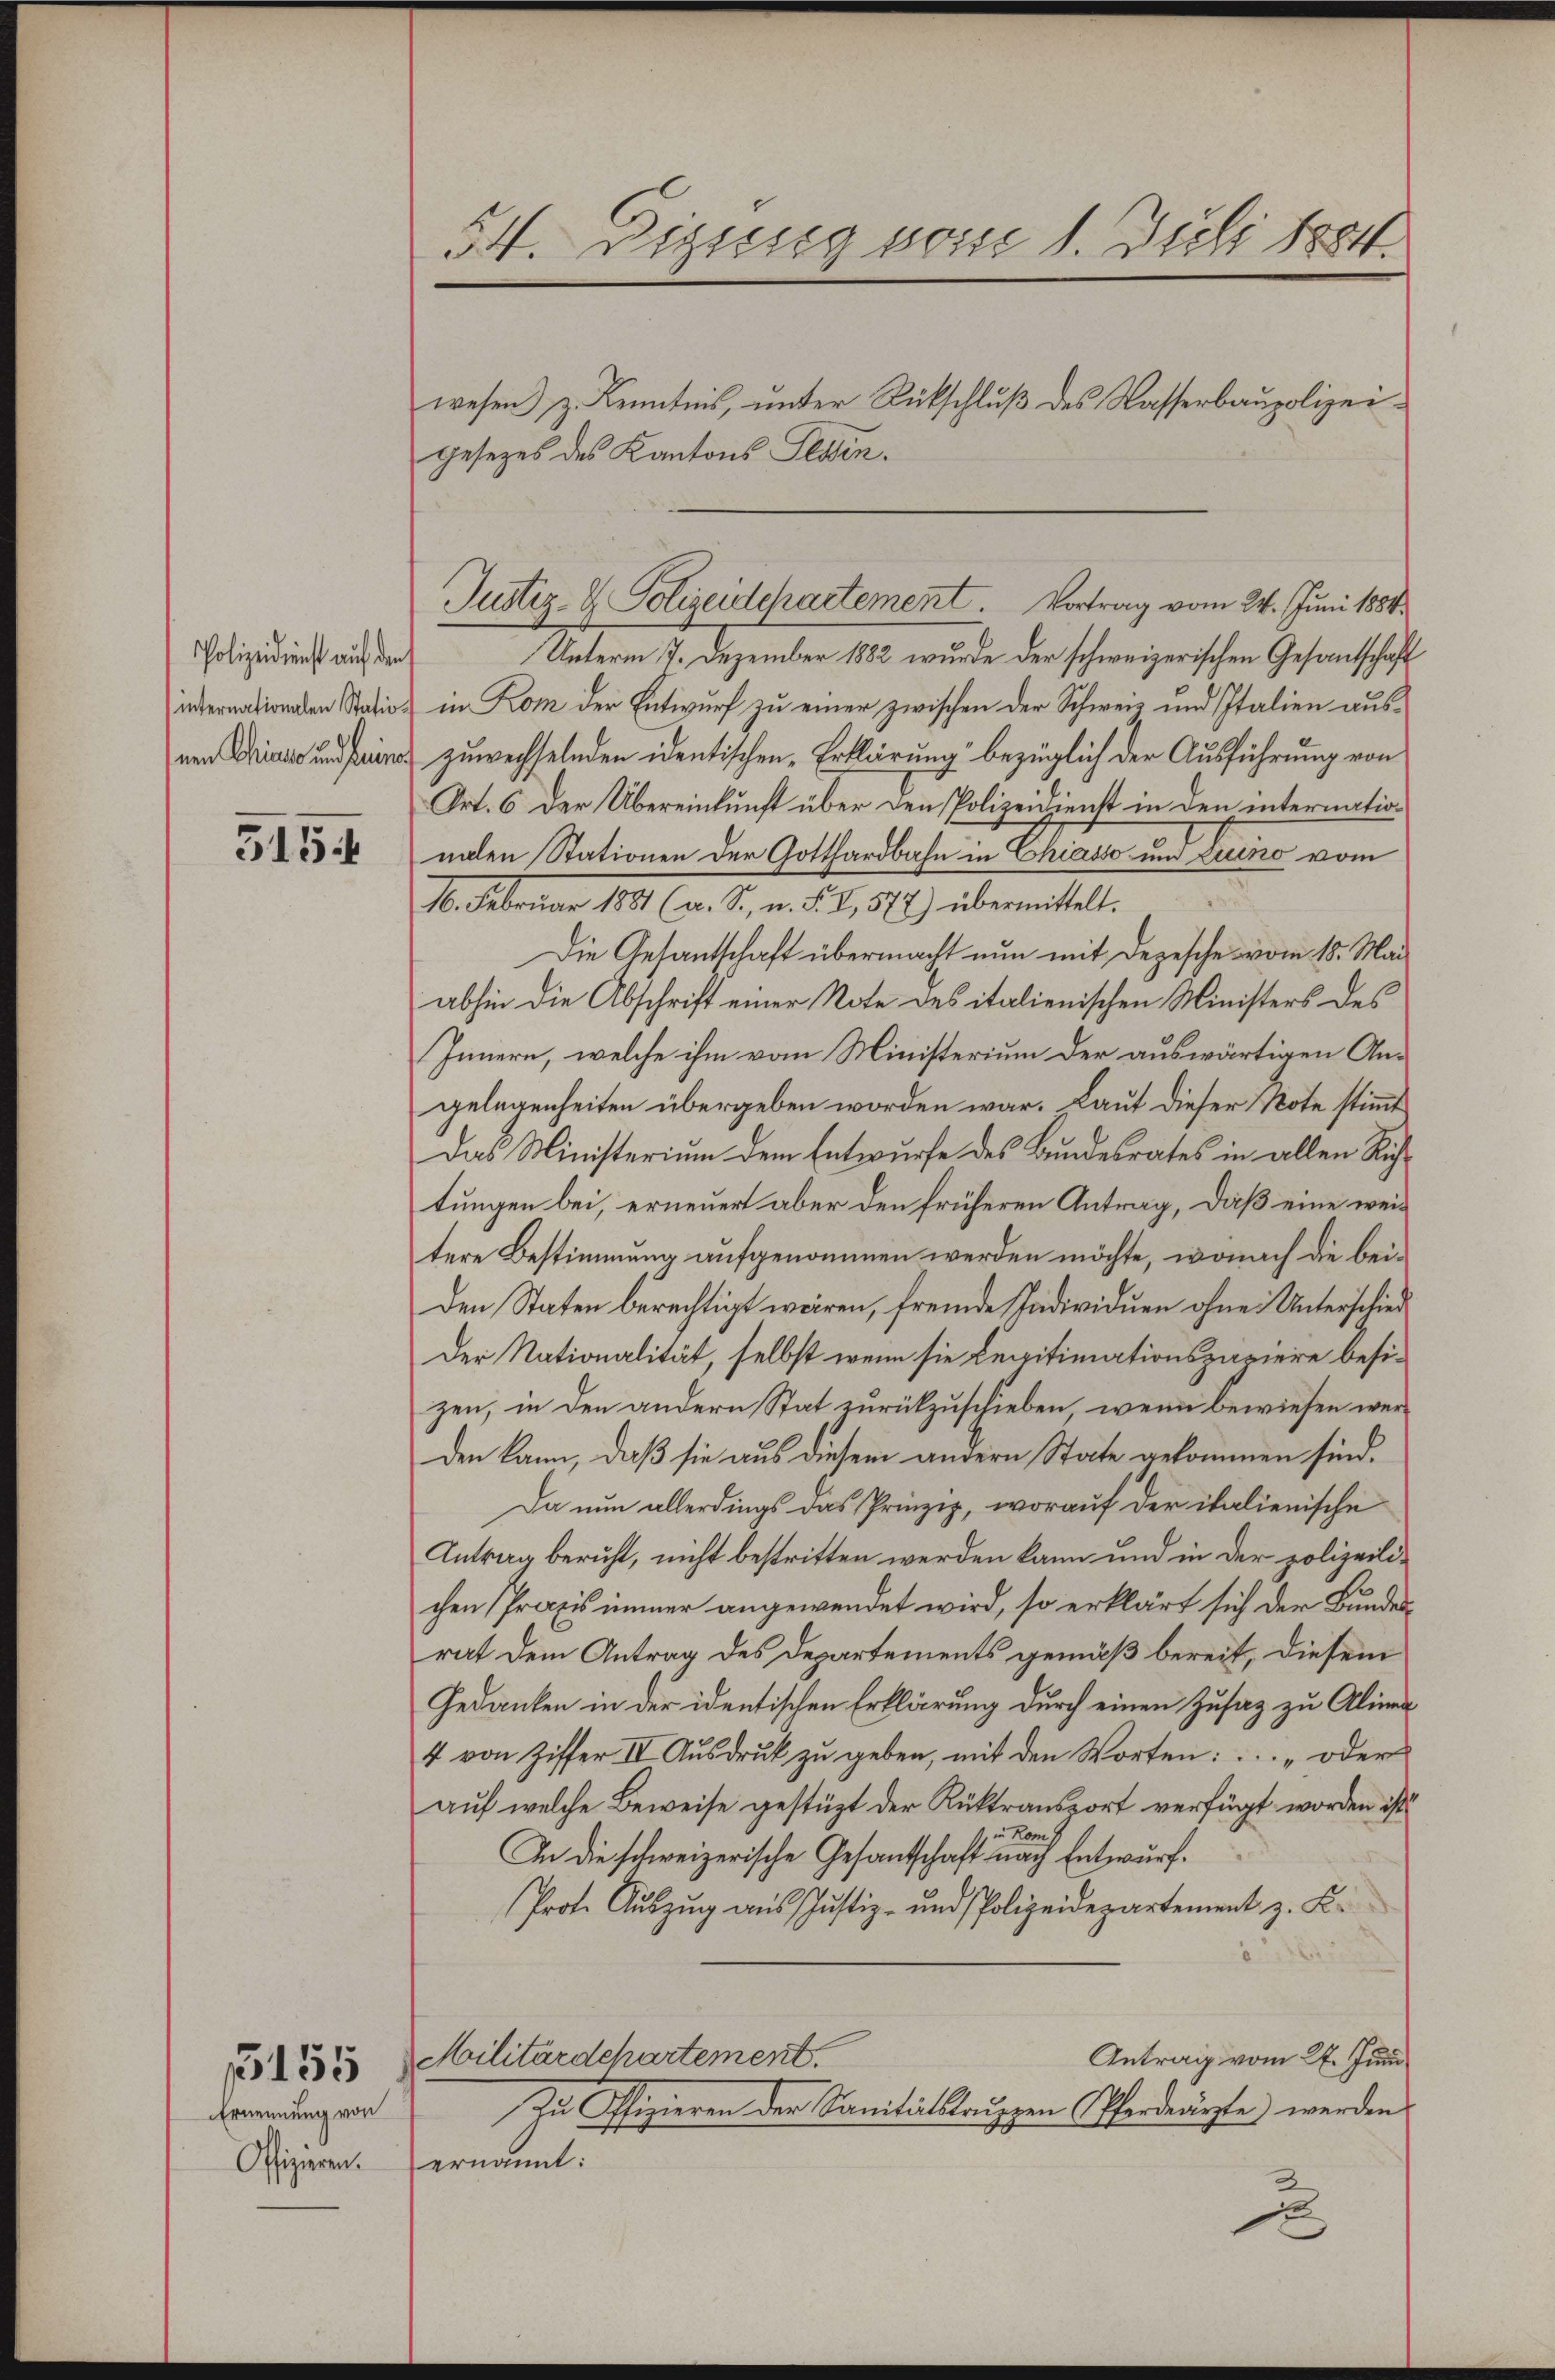
Polizeidienst auf den
nen Chiano und Deine

5154

Ernennung von
Offizieren.

15155

54. Digung vom 1. Juli 1884.

Unterm 7. Dezember 1882 wurde der schweizerischen Gesandtschaft
internationen Station in Rom der Entwurf zu einer zwischen der Schweiz und Italien auszuwechselnden identischen Erklärung“ bezüglich der Ausführung von
Ort. 6 der Übereinkunft über den Polizeidienst in den internation
nalen Stationen der Gotthardbahn in Chiasso und Luino vom
16. Februar 1881 (a. S., n. F. I, 572) übermittelt.
Die Gesantschaft übermacht nun mit Depesche vom 18. Mai
abhin die Abschrift einer Note des italienischen Ministers des
Innern, welche ihm vom Ministerium der auswärtigen Angelegenheiten übergeben worden war. Laut dieser Note stimmt
Das Ministerium dem Entwurfe des Bundesrates in allen Richtungen bei, erneuert aber den früheren Antrag, daß eine weitere Bestimmung aufgenommen werden möchte, wonach die bei¬
Den Staten berechtigt wären, fremde Individuen ohne Unterschied
Der Nationalität, selbst wenn sie Legitimationspapiere besizen, in den andern Stat zurückzuschieben, wenn bewiesen werden kann, daß sie aus diesem andern State gekommen sind.
Da nun allerdings das Prinzip, worauf der italienische
Antrag beruht, nicht bestritten werden kann und in der polizeilichen Praxis immer angewendet wird, so erklärt sich der Bundesrat dem Antrag des Departements gemäß bereit, diesem
Gedanken in der identischen Erklärung durch einen Zusaz zu Aliner
4 von Ziffer II Aŭsdrŭk zŭ geben, mit den Worten: ... " oder
auf welche Beweise gestüzt der Rüktransport verfügt worden ist.
in Kom
In die schweizerische Gesantschaft nach Entwurf.
Prot. Aŭszŭg aŭs Justiz- und Polizeidepartement z. K.
Militärdepartement.
Antrag vom 27. Juni
In Offizieren der Sanitätstruppen Pferdearzte werden.
ernannt:
J

wesen) z. Kenntnis, unter Rückschluß des Wasserbaupolizeigesezes des Kantons Tessin.

Justiz- & Polizeidepartement. Vortrag vom 24. Juni 1884.